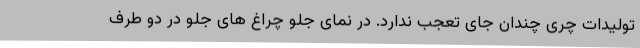
تولیدات چری چندان جای تعجب ندارد. در نمای جلو چراغ های جلو در دو طرف